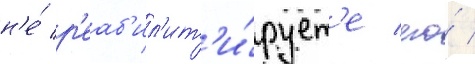
н'е́ р'еаб'ил'ит'и́рует'е его́ /